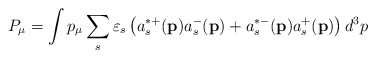
\begin{align*}P_\mu =\int p_\mu \sum_s\varepsilon _s\left(a_s^{*+}(\mathbf{p})a_s^{-}(\mathbf{p})+a_s^{*-}(\mathbf{p})a_s^{+}(\mathbf{p})\right) d^3p\end{align*}